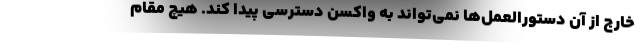
خارج از آن دستورالعمل‌ها نمی‌تواند به واکسن دسترسی پیدا کند. هیچ مقام